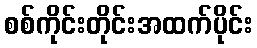
စစ်ကိုင်းတိုင်းအထက်ပိုင်း